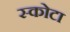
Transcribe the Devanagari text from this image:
स्कोटा